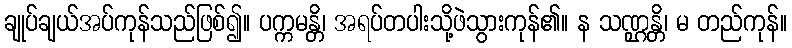
ချုပ်ချယ်အပ်ကုန်သည်ဖြစ်၍။ ပက္ကမန္တိ၊ အရပ်တပါးသို့ဖဲသွားကုန်၏။ န သဏ္ဌန္တိ၊ မ တည်ကုန်။